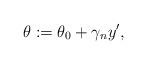
LaTeX: \begin{align*}\theta:=\theta_0+\gamma_n y', \end{align*}